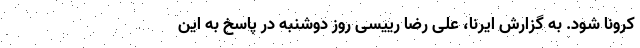
کرونا شود. به گزارش ایرنا، علی رضا رییسی روز دوشنبه در پاسخ به این